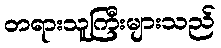
တရားသူကြီးများသည်